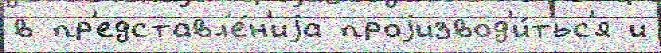
в пр'едставл'е́н'иjа проjизвод'и́тьс'я и